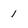
Character: 1